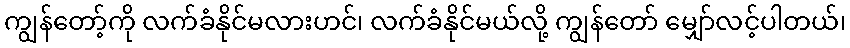
ကျွန်တော့်ကို လက်ခံနိုင်မလားဟင်၊ လက်ခံနိုင်မယ်လို့ ကျွန်တော် မျှော်လင့်ပါတယ်၊